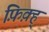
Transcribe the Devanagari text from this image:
फ़िक़्ह्